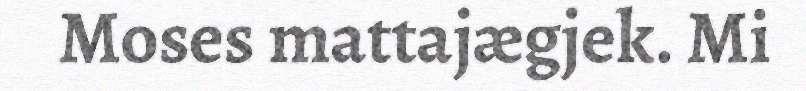
Moses mattajægjek. Mi